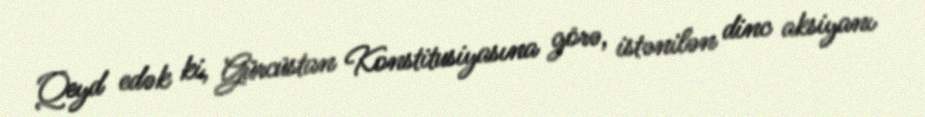
Qeyd edək ki, Gürcüstan Konstitusiyasına görə, istənilən dinc aksiyanı